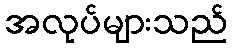
အလုပ်များသည်